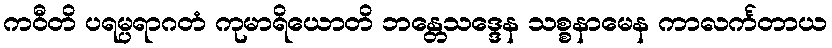
ကဝီတိ ပရမ္ပရာဂတံ ကုမာရိယောတိ ဘန္တေသဒ္ဒေန သစ္စနာမေန ကာလင်္ကတာယ